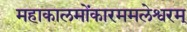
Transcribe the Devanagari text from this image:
महाकालमोंकारममलेश्वरम्